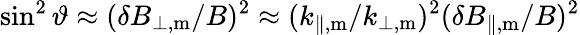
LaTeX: \sin^{2}\vartheta\approx(\delta B_{\perp,\mathrm{m}}/B)^{2}\approx(k_{\parallel,\mathrm{m}}/k_{\perp,\mathrm{m}})^{2}(\delta B_{\parallel,\mathrm{m}}/B)^{2}